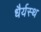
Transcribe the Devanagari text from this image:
धैर्यस्थ